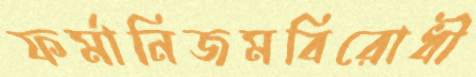
ফর্মানিজমবিরোধী